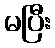
မပြီး